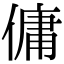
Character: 傭